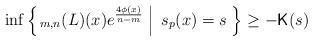
LaTeX: \begin{align*}\inf\left\{\left. _{m,n}(L)(x)e^{\frac{4\phi(x)}{n-m}}\;\right|\; s_p(x)=s\; \right\}\geq -{\sf K}(s)\end{align*}